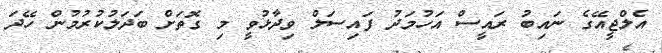
އެލްޖީއޭގެ ނައިބު ރައީސް އަހުމަދު ފައިސަލް ވިދާޅުވީ މި ގޮތަށް ބަދަލުކުރުމުން ހޭދަ